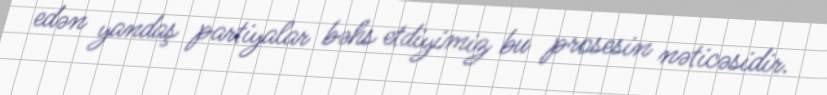
edən yandaş partiyalar bəhs etdiyimiz bu prosesin nəticəsidir.